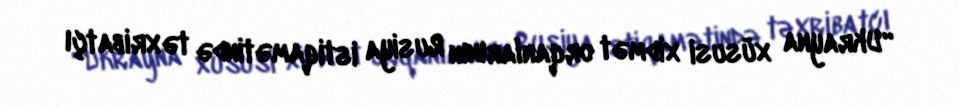
“Ukrayna xüsusi xidmət orqanlarının Rusiya istiqamətində təxribatçı